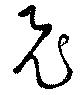
飛